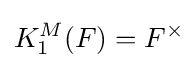
K_{1}^{M}(F)=F^{\times }\!